Vaccination North-Western Provinces and Oudh 1896-1901 - 1896-1901
Year: 1896
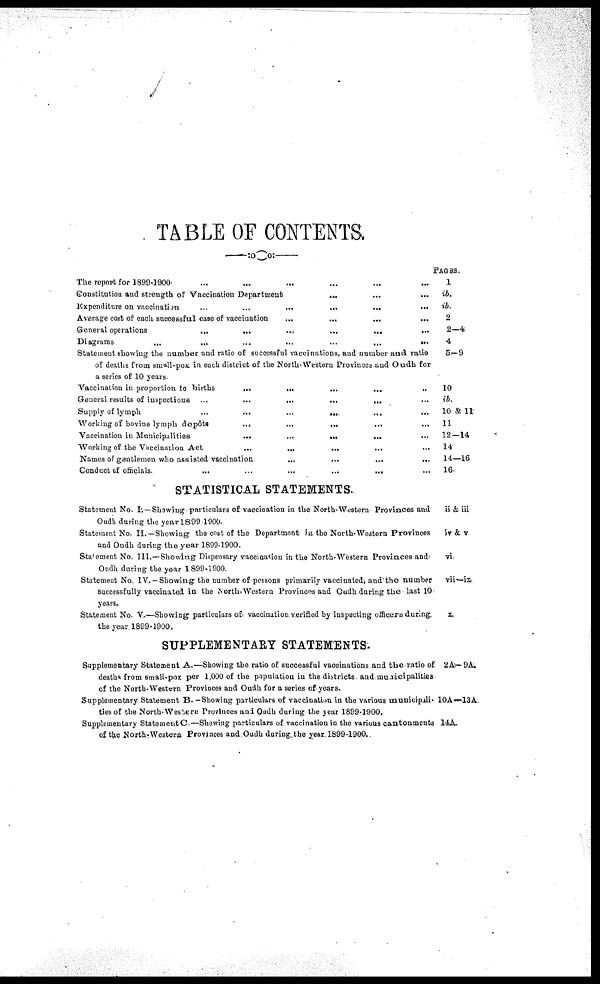
TABLE OF CONTENTS.
The report for 1899-1900 ... ... ... ... ... ...
Constitution and strength of Vaccination Department) ... ... ...
Expenditure on vaccination
...
...
...
...
...
...
Average cost of each successful case of vaccination ... ... ... ...
General operations
...
...
...
...
...
...
Diagrams
...
...
...
...
...
...
...
Statement showing the number and ratio of successful vaccinations, and number and ratio
of deaths from small-pox. in each district of the North Western Provinces and Oudh for
a series of 10 years.
Vaccination in proportion to births
...
...
...
...
...
General results of inspections
...
...
...
...
...
...
Supply of lymph
...
...
...
...
...
...
Working of bovine lymph dopôts
...
...
...
...
...
Vaccination in Municipalities
...
...
...
...
...
Working of the Vaccination Act
...
...
...
...
...
Names of gantlemen who assisted vaccination
...
...
...
...
Conduct of officials.
...
...
...
...
...
...
STATISTICAL STATEMENTS.
Statement No.I. — Showing particulars of vaccination in the North-Western Provinces and
Oudh during the year 1899-1900.
Statement No. II. —Showing the cost of the Department in the North-Western Provinces
and Oudh during the year 1899-1900.
Statement No. III.—Showing Dispensary vaccination in the North-Western Provinces and
Oudh during the year 1899-1900.
Statement No. IV.— Showing the number of persons primarily vaccinated, and the number
Successfully vaccinated in the North-Western Provinces and Oudh during the last 10
years.
Statement No. V —Showing particulars of vaccination verified by inspecting officers during
the year 1899-1900.
SUPPLEMENTARY STATEMENTS
Supplementary Statement A.—Showing the ratio of successful vaccinations and the ratio of
deaths from small-pox per 1,000 of the population in the districts and municipalities
of the North-Western Provinces and Oudh for a series of years.
Supplementary Statement B. -Showing particulars of vaccination in the various municipali-
ties of the North-Western Provinces and Oudh during the year 1899-1900.
Supplementary Statement C..—Showing particulars of vaccination in the various cantonments
of the North-Western Provinces and Oudh during the year. 1899-1900.
PAGES.
1
ib.
ib.
2
2—4
4
5—9
10
ib.
10 & 11
11
12—14
14
14—16
16
ii & iii
iv & v
vi
vii —ix
x
2A—9A.
10A—13A.
14A